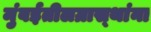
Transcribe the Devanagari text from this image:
मुंबईतीलग्रास्‍थांना